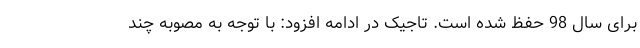
برای سال 98 حفظ شده است. تاجیک در ادامه افزود: با توجه به مصوبه چند